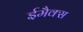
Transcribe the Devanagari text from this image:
ईमैक्स